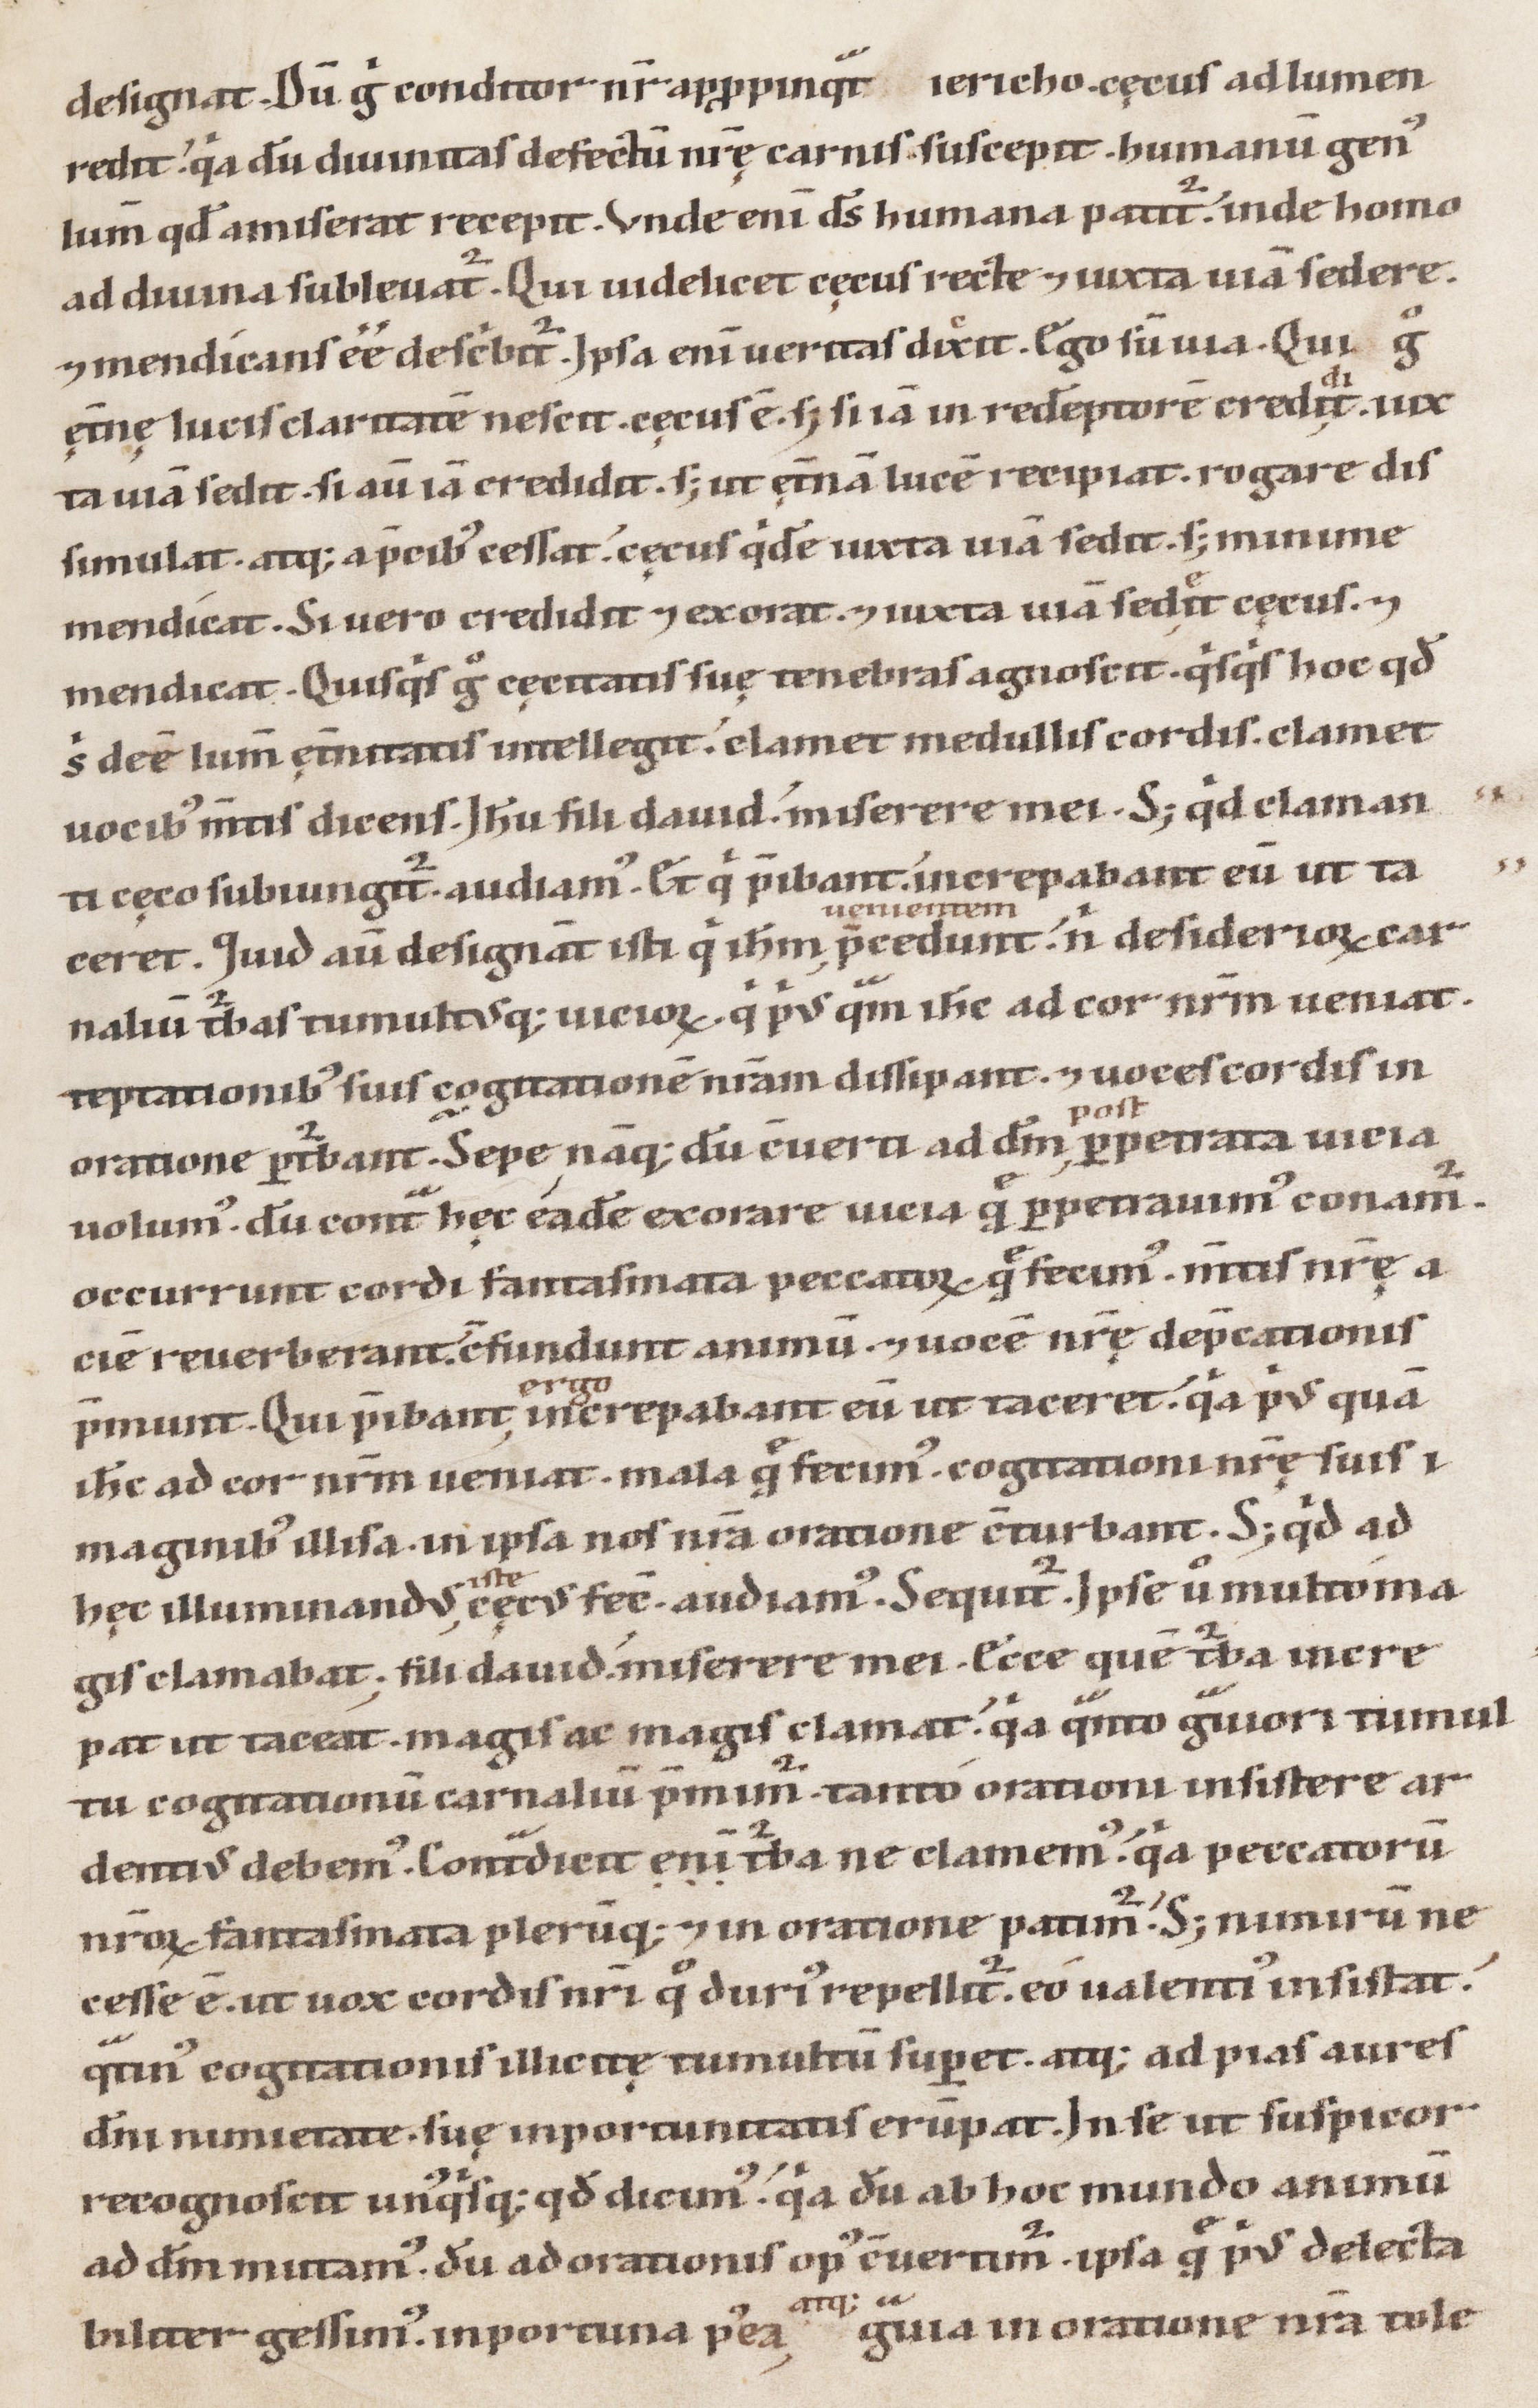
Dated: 1147–1178